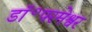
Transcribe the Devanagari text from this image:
डॉ॰परमेश्वर